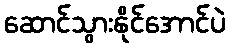
ဆောင်သွားနိုင်အောင်ပဲ